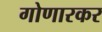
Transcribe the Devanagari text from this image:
गोणारकर